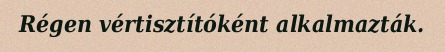
Régen vértisztítóként alkalmazták.